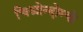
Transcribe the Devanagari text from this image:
चिओन्दोग्यो